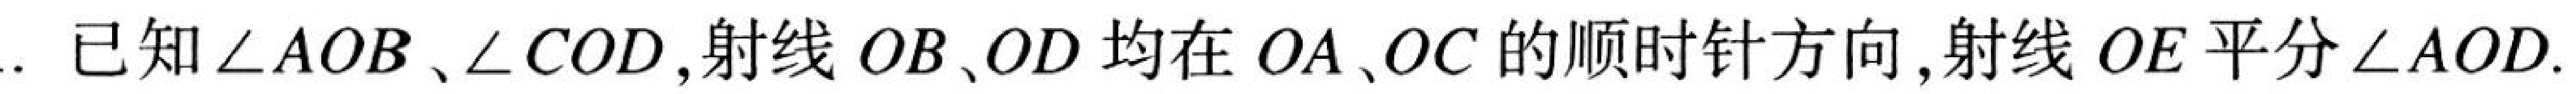
射线 \(OB\)、\(OD\) 均在 \(OA\)、\(OC\) 的顺时针方向，射线 \(OE\) 平分\(\angle AOD\). 已知\(\angle AOB\)、\(\angle COD\)，